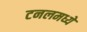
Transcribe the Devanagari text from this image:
टनलमध्ये